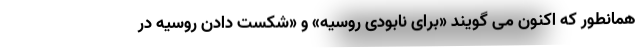
همانطور که اکنون می گویند «برای نابودی روسیه» و «شکست دادن روسیه در